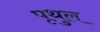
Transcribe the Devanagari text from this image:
पृथुल